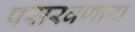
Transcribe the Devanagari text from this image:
पसरवणारा